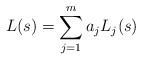
LaTeX: \begin{align*}L(s) = \sum_{j=1}^m a_jL_j(s)\end{align*}